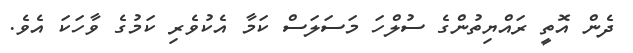
ދެން އޮތީ ރައްޔިތުންގެ ސުލްހަ މަސަލަސް ކަމާ އެކުވެރި ކަމުގެ ވާހަކަ އެވެ.